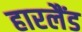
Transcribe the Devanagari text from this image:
हारलैंड